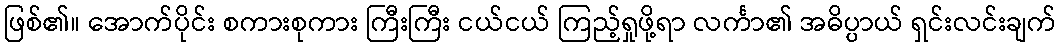
ဖြစ်၏။ အောက်ပိုင်း စကားစုကား ကြီးကြီး ငယ်ငယ် ကြည့်ရှုဖို့ရာ လင်္ကာ၏ အဓိပ္ပာယ် ရှင်းလင်းချက်